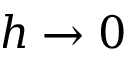
h \rightarrow 0